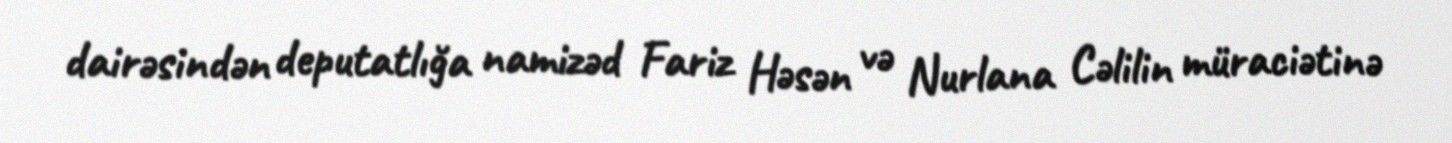
dairəsindən deputatlığa namizəd Fariz Həsən və Nurlana Cəlilin müraciətinə